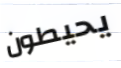
يحيطون